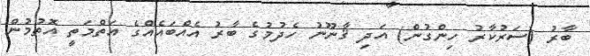
ބާރު (ސަރުކާރު ހިންގުން) އަދި ޤާނޫނު ހެދުމުގެ ބާރު އެއްބައެއްގެ އަތްމަތީ އޮތުމުން